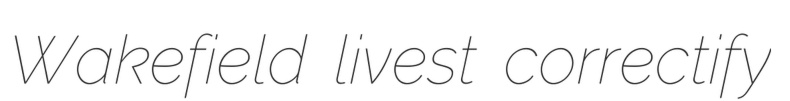
Wakefield livest correctify